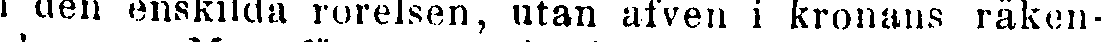
i den enskilda rörelsen, utan äfven i kronans räken-